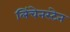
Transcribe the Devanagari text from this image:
लिंचेनस्टेन